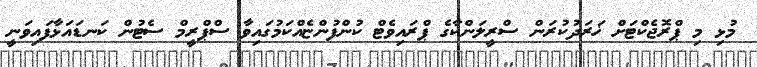
މުޅި މި ޕްރޮޖެކްޓަށް ޚަރަދުކުރަން ސްރީލަންކާގެ ޕްރައިވެޓް ކުންފުންޏެއްކަމުގައިވާ ސްޕްރީމް ސެޓުން ކަނޑައަޅާފައިވަނީ